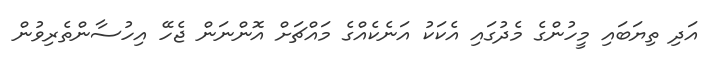
އަދި ތިޔަބައި މީހުންގެ މެދުގައި އެކަކު އަނެކެއްގެ މައްޗަށް އޮންނަން ޖެހޭ އިހުސާންތެރިވުން